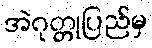
အဲဂုတ္တုပြည်မှ